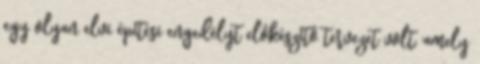
egy olyan elvi építési engedélyt elôkészítô tervezet volt, amely